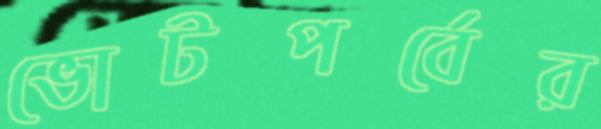
ভোটপর্বের